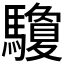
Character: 𩧊